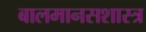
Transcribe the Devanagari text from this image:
बालमानसशास्त्र